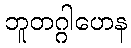
ဘူတဂ္ဂါဟေန